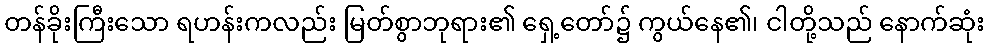
တန်ခိုးကြီးသော ရဟန်းကလည်း မြတ်စွာဘုရား၏ ရှေ့တော်၌ ကွယ်နေ၏၊ ငါတို့သည် နောက်ဆုံး